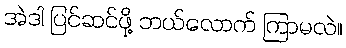
အဲဒါ ပြင်ဆင်ဖို့ ဘယ်လောက် ကြာမလဲ။